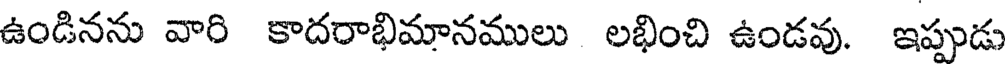
ఉండినను వారి కాదరాభిమానములు లభించి ఉండవు. ఇప్పుడు